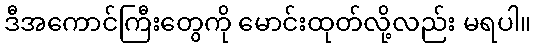
ဒီအကောင်ကြီးတွေကို မောင်းထုတ်လို့လည်း မရပါ။